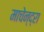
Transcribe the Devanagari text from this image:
माचेन्द्रा